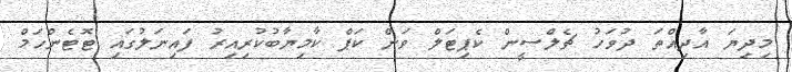
މިދިޔަ އާދިއްތަ ދުވަހު ޗެލްސީން ކެޕިޓަލް ވަން ކަޕް ކާމިޔާބުކުރިއިރު ފައިނަލުގައި ޓޮޓެންހަމް